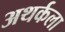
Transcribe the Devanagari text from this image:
अथर्कला